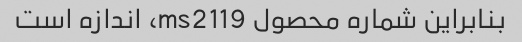
بنابراین شماره محصول ms2119، اندازه است